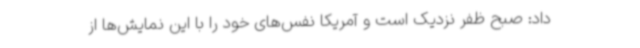
داد: صبح ظفر نزدیک است و آمریکا نفس‌های خود را با این نمایش‌ها از